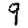
Digit: 9